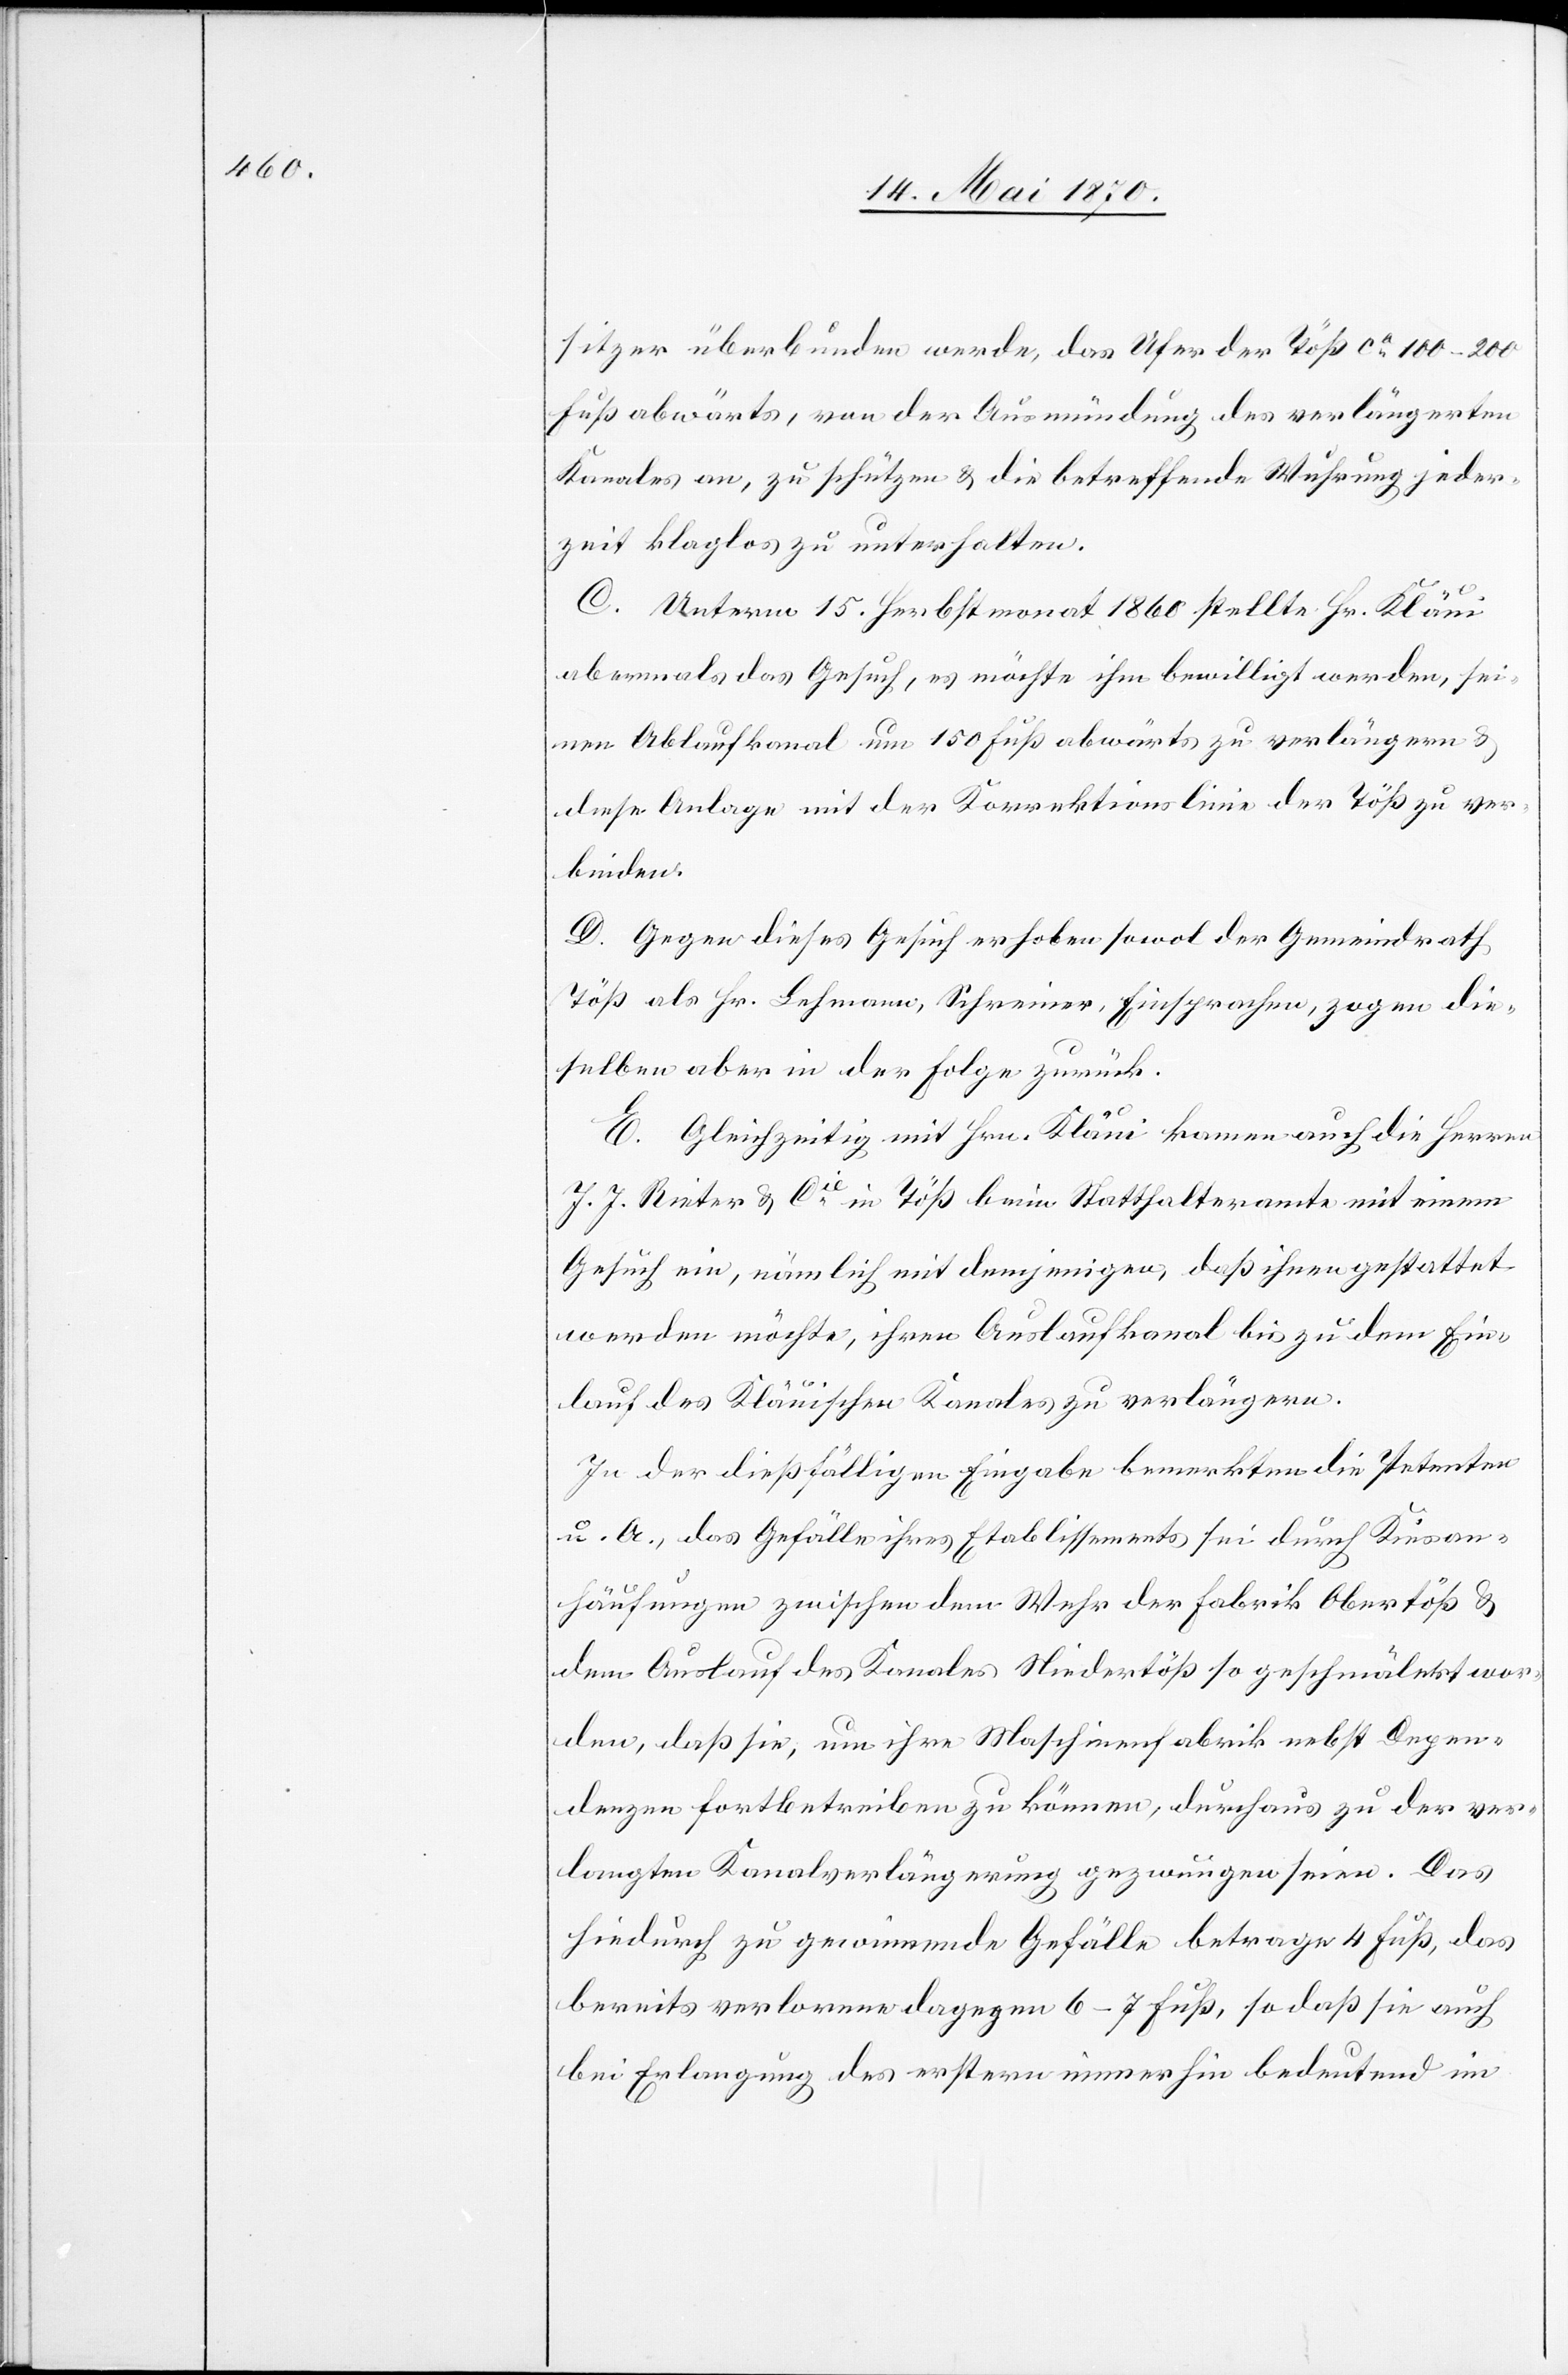
sitzer überbunden werde, das Ufer der Töß ca 100–200
Fuß abwärts, von der Ausmündung des verlängerten
Kanales an, zu schützen & die betreffende Wuhrung jeder¬
zeit klaglos zu unterhalten.
C. Unterm 15. Herbstmonat 1860 stellte Hr. Kläui
abermals das Gesuch, es möchte ihm bewilligt werden, sei¬
nen Ablaufkanal um 150 Fuß abwärts zu verlängern &
diese Anlage mit der Korrektionslinie der Töß zu ver¬
binden.
D. Gegen dieses Gesuch erhoben sowol der Gemeindrath
Töß als Hr. Lehmann, Schreiner, Einsprachen, zogen die¬
selben aber in der Folge zurück.
E. Gleichzeitig mit Hrn. Kläui kamen auch die Herren
J. J. Rieter & Cie in Töß beim Statthalteramte mit einem
Gesuch ein, nämlich mit demjenigen, daß ihnen gestattet
werden möchte, ihren Auslaufkanal bis zu dem Ein¬
lauf des Kläuischen Kanales zu verlängern.
In der dießfälligen Eingabe bemerkten die Petenten
u. A., das Gefälle ihre Etablissements sei durch Kiesan¬
häufungen zwischen dem Wehr der Fabrik Obertöß &
dem Auslauf des Kanales Niedertöß so geschmälert wor¬
den, daß sie, um ihre Maschinenfabrik nebst Depen¬
denzen fortbetreiben zu können, durchaus zu der ver¬
langten Kanalverlängerung gezwungen seien. Das
hiedurch zu gewinnende Gefälle betrage 4 Fuß, das
bereits verlorene dagegen 6–7 Fuß, so daß sie auch
bei Erlangung des erstern immerhin bedeutend im